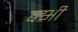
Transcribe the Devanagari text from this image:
क्भी